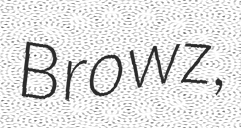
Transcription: Browz,